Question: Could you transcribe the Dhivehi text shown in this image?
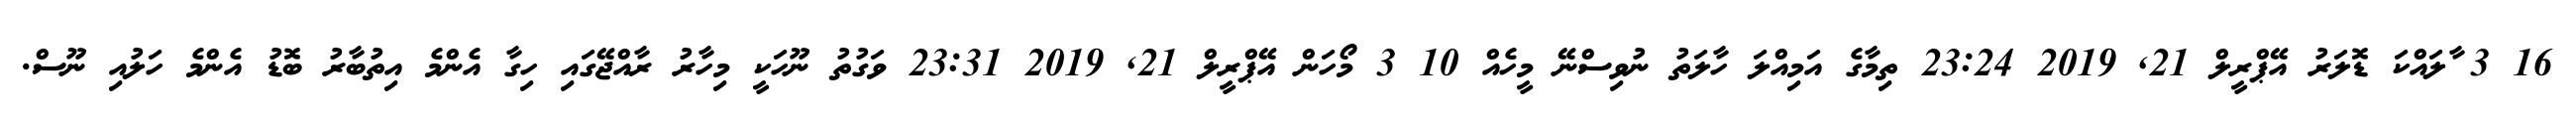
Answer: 16 3 ާލައްކަ ޑޮލަރު އޭޕްރީލް 21, 2019 23:24 ތިމާގެ އަމިއްލަ ހާލަތު ނުވިސްނޭ މީހެއް 10 3 މޯހަން އޭޕްރީލް 21, 2019 23:31 ވަގުތު ނޫހަކީ މިހާރު ރާއްޖޭގައި ހިގާ އެންމެ އިތުބާރު ބޮޑު އެންމެ ހަލުއި ނޫސް.